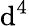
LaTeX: \mathrm{d}^{4}